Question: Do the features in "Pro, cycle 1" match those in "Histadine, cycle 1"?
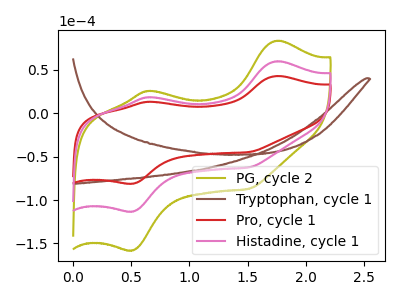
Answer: <think>The olive curve "PG, cycle 2" has anodic peaks at (1.75V, 119.80uA) (0.65V, 37.00uA) and cathodic peaks at (0.50V, -226.55uA) (1.50V, -124.80uA). The brown curve "Tryptophan, cycle 1" has no peaks. The red curve "Pro, cycle 1" has anodic peaks at (1.75V, 42.95uA) (0.65V, 13.25uA) and cathodic peaks at (0.50V, -81.20uA) (1.50V, -44.70uA). The pink curve "Histadine, cycle 1" has anodic peaks at (1.75V, 59.90uA) (0.65V, 18.50uA) and cathodic peaks at (0.50V, -113.30uA) (1.50V, -62.40uA).
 All the peaks in "Pro, cycle 1" have a peak in "Histadine, cycle 1" at the same potential. Every peak in "Pro, cycle 1" is lower than every peak in "Histadine, cycle 1".</think>
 <answer>"Pro, cycle 1" and "Histadine, cycle 1" are similar in shape.</answer>
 <eval>same_shape</eval>